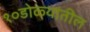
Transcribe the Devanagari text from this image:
१०डोळ्यांतील